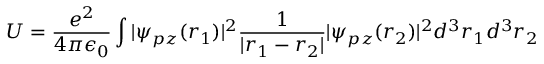
U = \frac { e ^ { 2 } } { 4 \pi \epsilon _ { 0 } } \int | \psi _ { p z } ( r _ { 1 } ) | ^ { 2 } \frac { 1 } { | r _ { 1 } - r _ { 2 } | } | \psi _ { p z } ( r _ { 2 } ) | ^ { 2 } d ^ { 3 } r _ { 1 } d ^ { 3 } r _ { 2 }